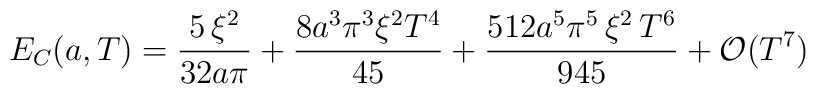
E_C(a,T)=\frac{5\,\xi^2}{32a\pi}+\frac{8a^3\pi^3\xi^2{T^4}}{45}+\frac{512a^5\pi^5\,\xi^2\,{T^6}}{945}+{\cal O}(T^7)